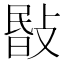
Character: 敯